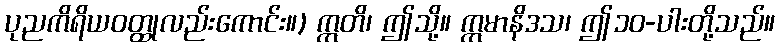
ပုညကိရိယဝတ္ထုလည်းကောင်း။) ဣတိ၊ ဤသို့။ ဣမာနိဒသ၊ ဤ၁၀-ပါးတို့သည်။